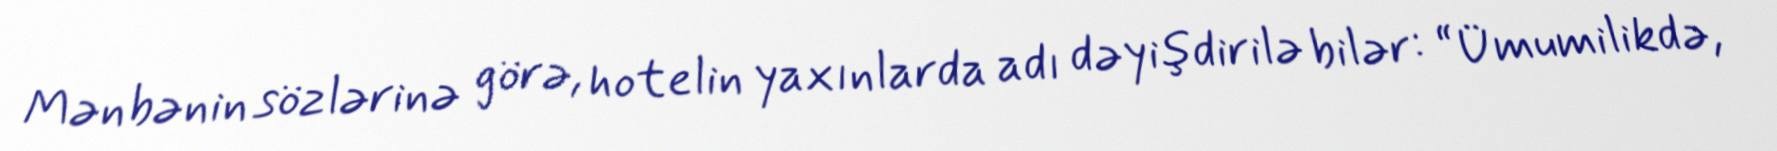
Mənbənin sözlərinə görə, hotelin yaxınlarda adı dəyişdirilə bilər: “Ümumilikdə,